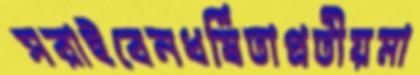
সরাইবেনধর্ষিতাপ্রতীয়মা